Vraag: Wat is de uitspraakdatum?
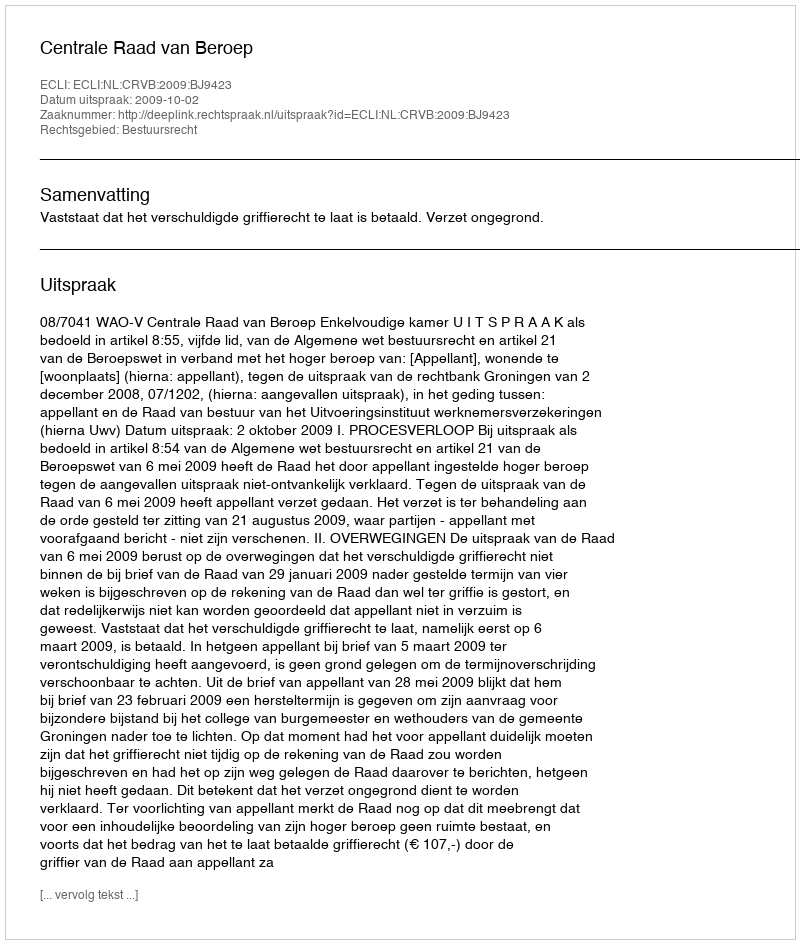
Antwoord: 2009-10-02